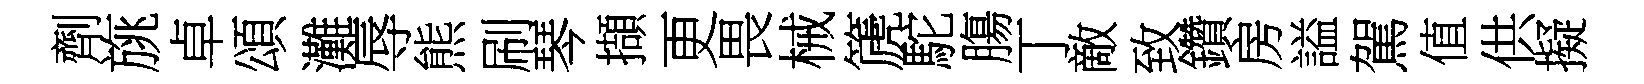
劑旐卓頌灘辱熊刷琴擷更畏械篪駝膓丁敵致鑽房謚駕值供擬